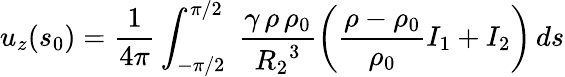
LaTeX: u_{z}(s_{0})=\frac{1}{4\pi}\int_{-\pi/2}^{\pi/2}\; \frac{\gamma\, \rho\, \rho_{0}}{{R_{2}}^{3}}\bigg(\frac{\rho-\rho_{0}}{\rho_{0}}I_{1}+I_{2}\bigg)\, ds